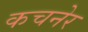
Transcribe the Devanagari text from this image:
कचनेर